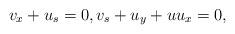
LaTeX: \begin{align*}v_{x}+u_{s}=0,v_{s}+u_{y}+uu_{x}=0, \end{align*}